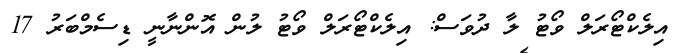
އިލެކްޓޯރަލް ވޯޓު ލާ ދުވަސް: އިލެކްޓޯރަލް ވޯޓު ލުން އޮންނާނީ ޑިސެމްބަރު 17